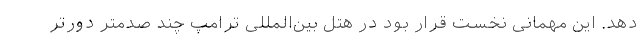
دهد. این مهمانی نخست قرار بود در هتل بین‌المللی ترامپ چند صدمتر دورتر